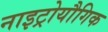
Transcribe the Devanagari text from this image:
नाइट्रोयौगिक